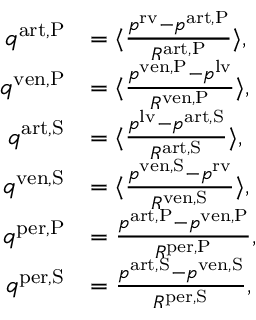
\begin{array} { r l } { q ^ { \mathrm { a r t , P } } } & { = \langle \frac { p ^ { \mathrm { r v } } - p ^ { \mathrm { a r t , P } } } { R ^ { \mathrm { a r t , P } } } \rangle , } \\ { q ^ { \mathrm { v e n , P } } } & { = \langle \frac { p ^ { \mathrm { v e n , P } } - p ^ { \mathrm { l v } } } { R ^ { \mathrm { v e n , P } } } \rangle , } \\ { q ^ { \mathrm { a r t , S } } } & { = \langle \frac { p ^ { \mathrm { l v } } - p ^ { \mathrm { a r t , S } } } { R ^ { \mathrm { a r t , S } } } \rangle , } \\ { q ^ { \mathrm { v e n , S } } } & { = \langle \frac { p ^ { \mathrm { v e n , S } } - p ^ { \mathrm { r v } } } { R ^ { \mathrm { v e n , S } } } \rangle , } \\ { q ^ { \mathrm { p e r , P } } } & { = \frac { p ^ { \mathrm { a r t , P } } - p ^ { \mathrm { v e n , P } } } { R ^ { \mathrm { p e r , P } } } , } \\ { q ^ { \mathrm { p e r , S } } } & { = \frac { p ^ { \mathrm { a r t , S } } - p ^ { \mathrm { v e n , S } } } { R ^ { \mathrm { p e r , S } } } , } \end{array}